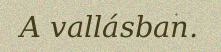
A vallásban.